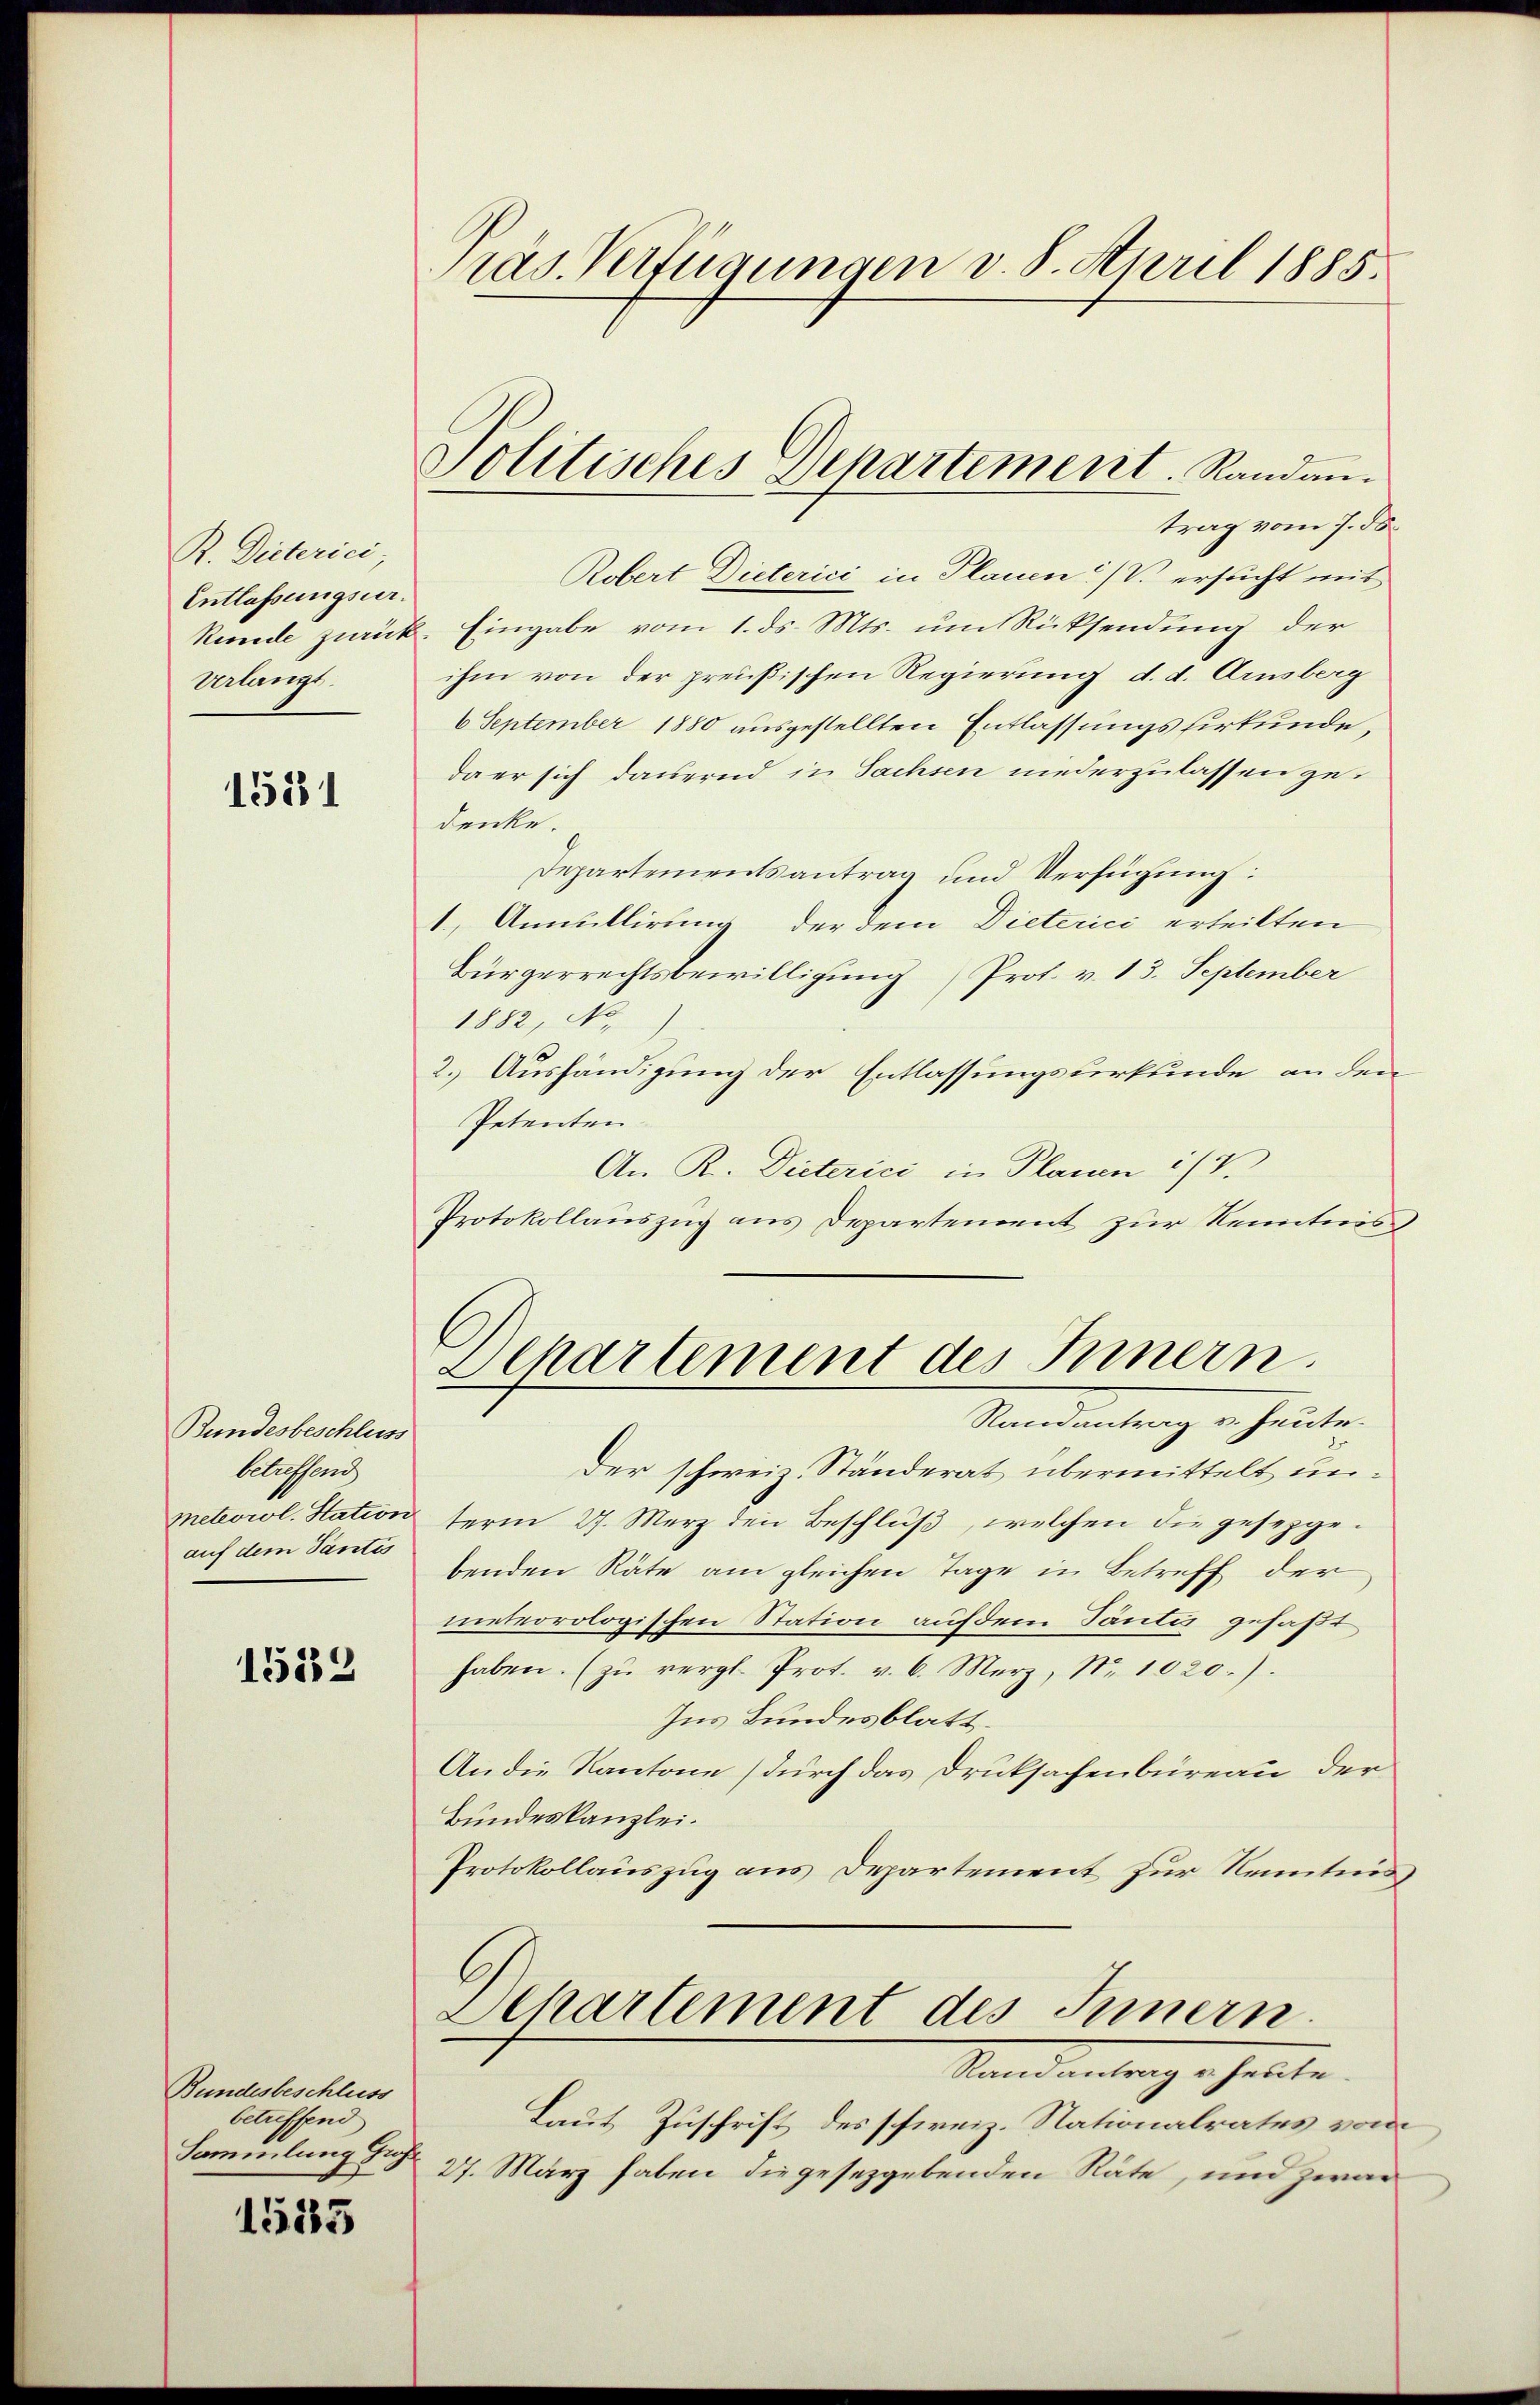
R. Dieterici,
Entlassungsur.
kunde zurück
Verlangt.

1581

Bundesbeschluss
betreffend
meteorol. Station
auf dem Tantis

1552

Bundesbeschluss
betreffend
Sammlung Gus

1585

ras. Verfügungen v. 8. April 1885.

Politisches Departement. Randan¬

trag vom 7. ds
Robert Dieterici in Plauen / V. ersucht mit
2. Eingabe vom 1. ds. Mts. um Rücksendung der
ihm von der preußischen Regierung d. d. Arnsberg
6 September 1880 ausgestellten Entlassungshirkunde,
da er sich dauernd in Sachsen niederzulassen gedenke.
Departementsantrag und Verfügung:
1.) Annullirung der dem Dieterici erteilten
Bürgerrechtsbewilligung Prof. v. 13. September
1882, No.
2.) Aushändigung der Entlassungsurkunde an den
Petenten
An R. Dieterici in Planen ist.
Protokollauszug aus Departement zur Kenntnis
Departement des Innern.
Randantrag v. Heute.
Der schweiz. Ständerat übermittelt unterm 27. März den Beschluß, welchen die gesezgebenden Räte am gleichen Tage in Betreff der
meteorologischen Station auf dem Tantir gefaßt
haben. (zŭ vergl. Prot. v. 6. Merz, Nr. 1020.)
Ins Bundesblatt.
An die Kantone (durch das Druksachenbüreau der
Bundeskanzlei.
Protokollauszug aus Departement zur Kenntnis
Departement des Innern
Randantrag u. heute.
Laut Zuschrift des schweiz. Nationalrates vom
27. März haben die gesezgebenden Räte, und zwar